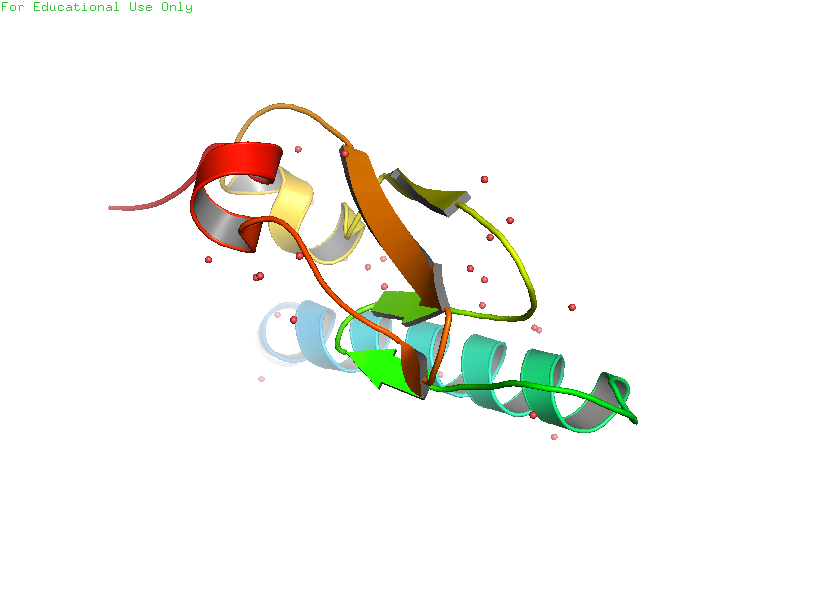
pymol, preset, pub_solv